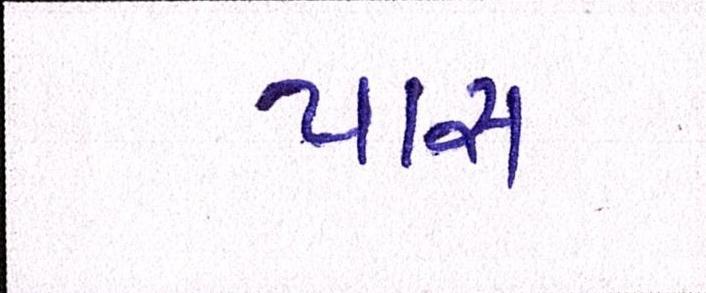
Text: પાસ